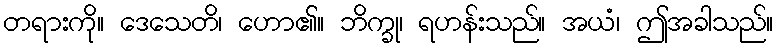
တရားကို။ ဒေသေတိ၊ ဟော၏။ ဘိက္ခု၊ ရဟန်းသည်။ အယံ၊ ဤအခါသည်။